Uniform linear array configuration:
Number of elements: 24
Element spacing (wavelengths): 0.5
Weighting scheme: hamming
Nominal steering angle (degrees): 0
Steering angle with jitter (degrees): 0.03593
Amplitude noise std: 0.05
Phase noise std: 0.05

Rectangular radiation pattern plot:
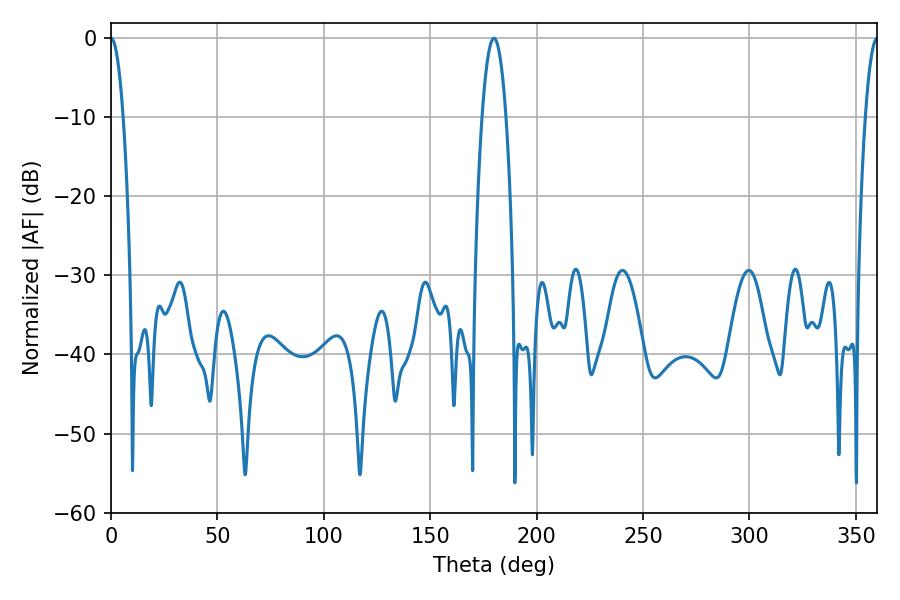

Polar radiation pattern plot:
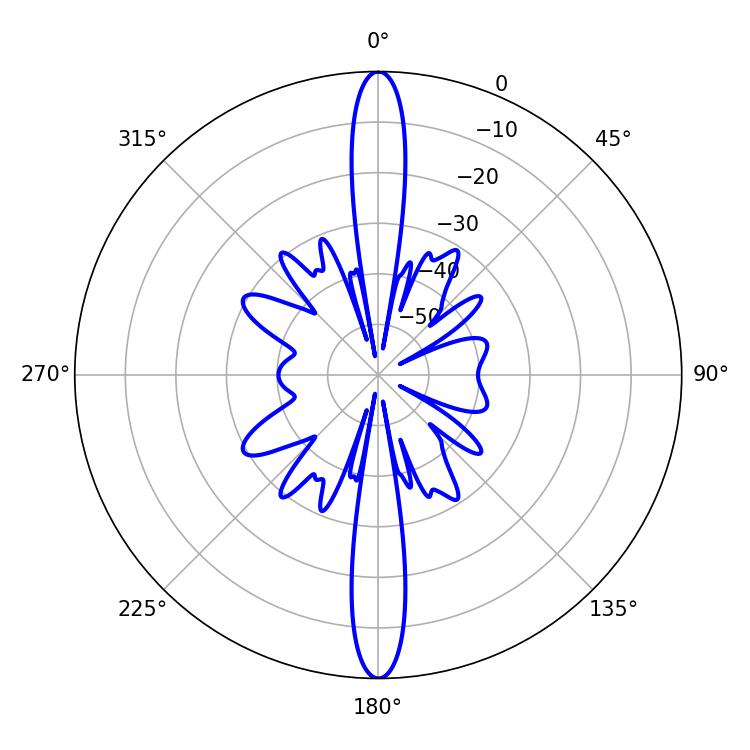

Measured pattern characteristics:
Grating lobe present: FALSE
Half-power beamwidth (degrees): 3.24
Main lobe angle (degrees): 0